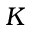
K